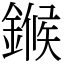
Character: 𬫺